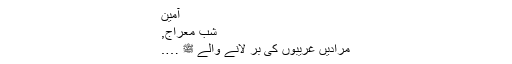
آمین
شبِ معراج,
مُرادیں غریبوں کی بَر لانے والے ﷺ ….